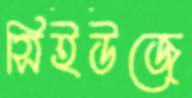
সিইউজে